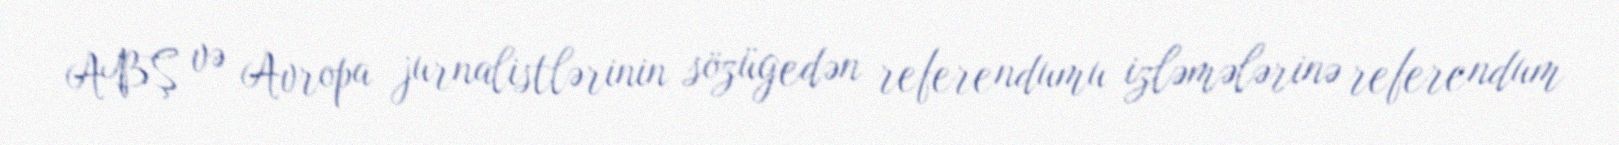
ABŞ və Avropa jurnalistlərinin sözügedən referendumu izləmələrinə referendum